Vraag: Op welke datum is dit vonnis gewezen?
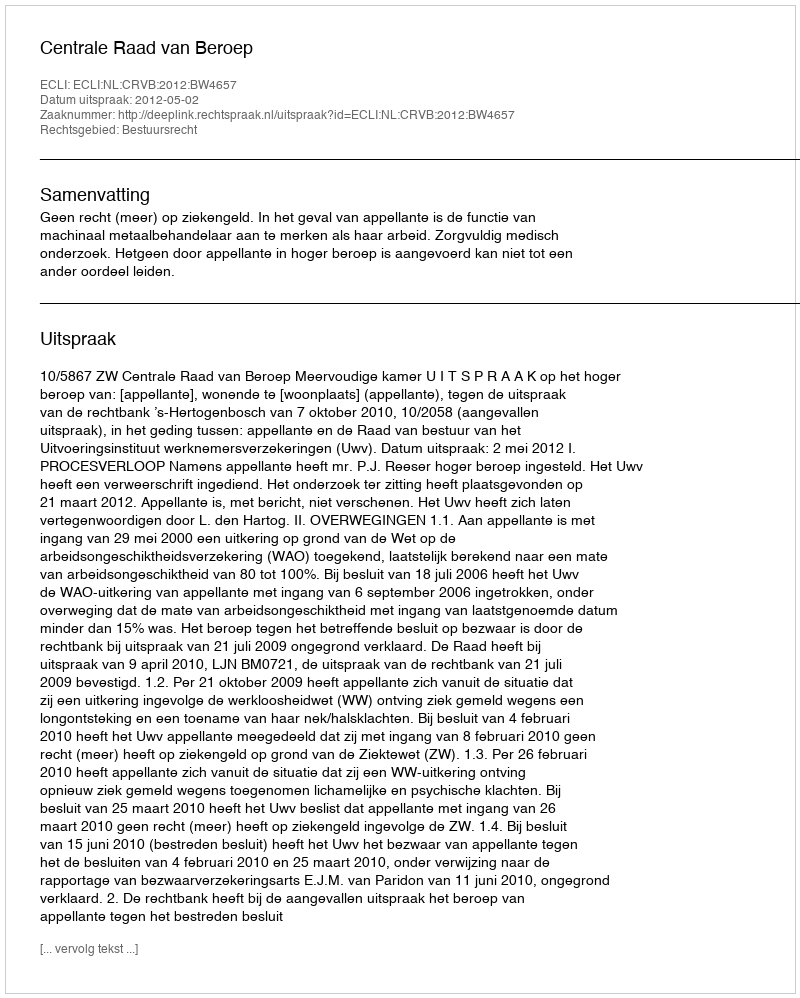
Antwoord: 2012-05-02